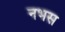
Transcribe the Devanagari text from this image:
नभस